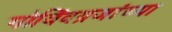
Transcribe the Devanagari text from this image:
गोविंदग्रजांच्या